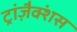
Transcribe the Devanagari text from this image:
ट्रांज़ैक्शंस